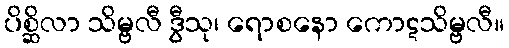
ပိစ္ဆိလာ သိမ္ဗလီ ဒွီသု၊ ရောစနော ကောဋသိမ္ဗလီ။